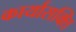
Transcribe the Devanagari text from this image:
कार्यासक्ति